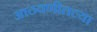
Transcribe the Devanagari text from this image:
आठवणीतल्या